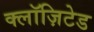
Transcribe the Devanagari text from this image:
क्लॉज़िटेड